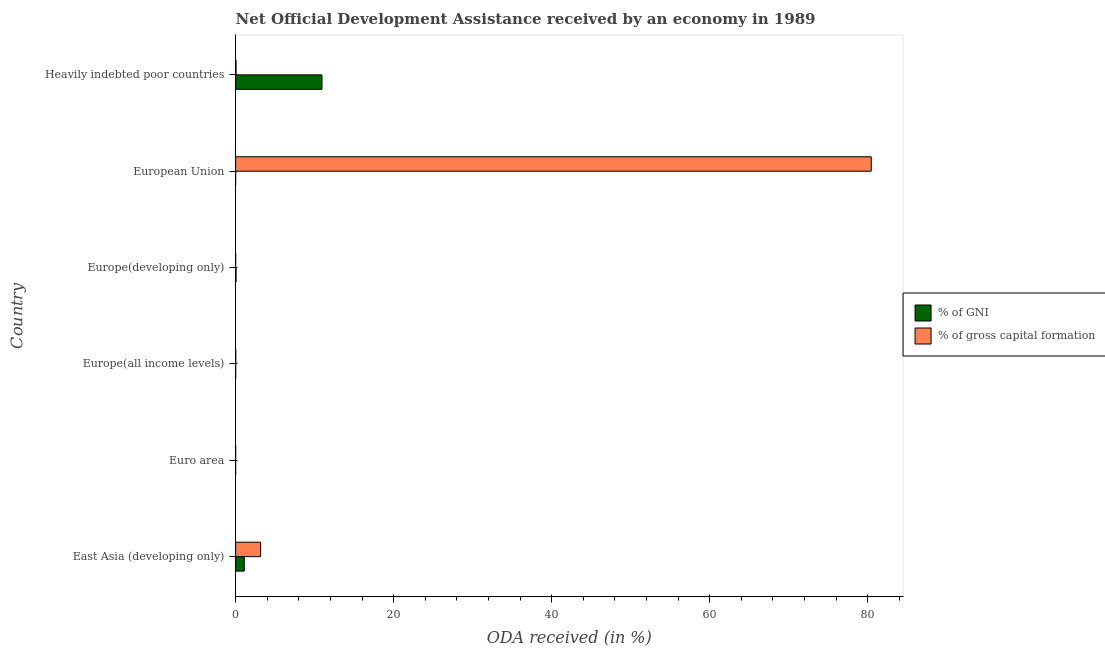
| Country | % of GNI | % of gross capital formation |
 | --- | --- | --- |
 | East Asia (developing only) | 1.09 | 3.16 |
 | Euro area | 0.000757 | 0.00314 |
 | Europe(all income levels) | 0.00424 | 0.0166 |
 | Europe(developing only) | 0.0555 | 0.00237 |
 | European Union | 0.000583 | 80.4 |
 | Heavily indebted poor countries | 10.9 | 0.056 |